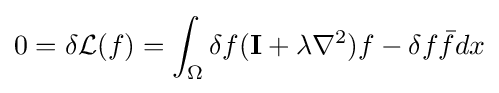
0=\delta {\mathcal {L}}(f)=\int _{\Omega }\delta f(\mathbf {I} +\lambda \nabla ^{2})f-\delta f{\bar {f}}dx